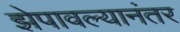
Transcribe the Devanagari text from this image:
झेपावल्यानंतर